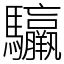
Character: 䯁